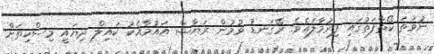
ނުވަތަ ކޯތާފަތުގައި ފިރުމާލައެވެ. ރޭގަނޑު ވުމުން ރަޔާޝް އައުމާއެކު ކައިލް ދިޔައީ މިސްކިތަށް